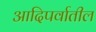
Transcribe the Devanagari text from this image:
आदिपर्वातील